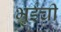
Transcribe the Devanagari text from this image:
भुईची